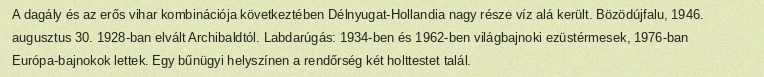
A dagály és az erős vihar kombinációja következtében Délnyugat-Hollandia nagy része víz alá került. Bözödújfalu, 1946. augusztus 30. 1928-ban elvált Archibaldtól. Labdarúgás: 1934-ben és 1962-ben világbajnoki ezüstérmesek, 1976-ban Európa-bajnokok lettek. Egy bűnügyi helyszínen a rendőrség két holttestet talál.